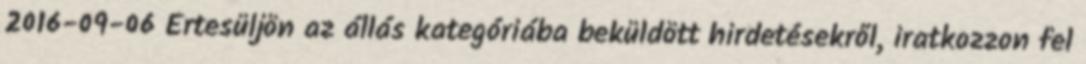
2016-09-06 Értesüljön az állás kategóriába beküldött hirdetésekről, iratkozzon fel